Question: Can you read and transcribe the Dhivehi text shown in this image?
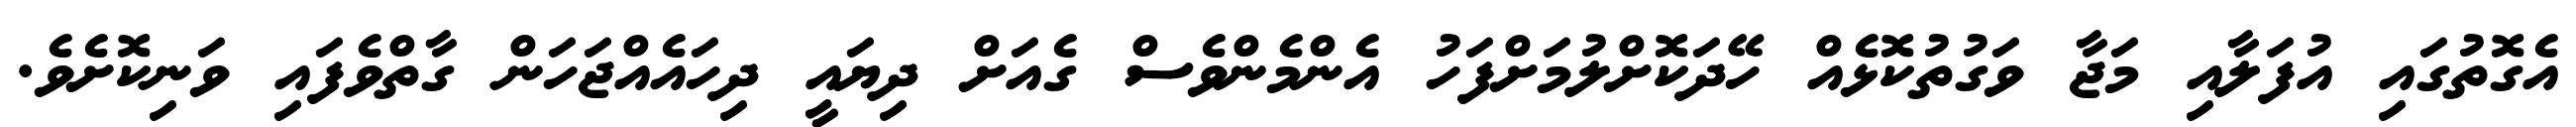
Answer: އެގޮތުގައި އުފަލާއި މަޖާ ވަގުތުކޮޅެއް ހޭދަކޮށްލުމަށްފަހު އެންމެންވެސް ގެއަށް ދިޔައީ ދިހައެއްޖަހަން ގާތްވެފައި ވަނިކޮށެވެ.